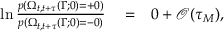
\begin{array} { r l r } { \ln \frac { p ( \Omega _ { t , t + \tau } ( \Gamma ; 0 ) = + 0 ) } { p ( \Omega _ { t , t + \tau } ( \Gamma ; 0 ) = - 0 ) } } & { { } = } & { 0 + \mathcal { O } ( \tau _ { M } ) , } \end{array}